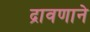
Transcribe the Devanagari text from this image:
द्रावणाने